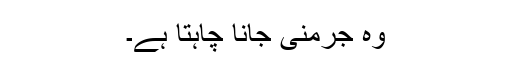
وہ جرمنی جانا چاہتا ہے۔